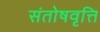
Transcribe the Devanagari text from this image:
संतोषवृत्ति